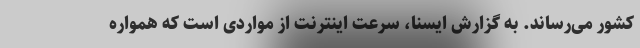
کشور می‌رساند. به گزارش ایسنا، سرعت اینترنت از مواردی است که همواره